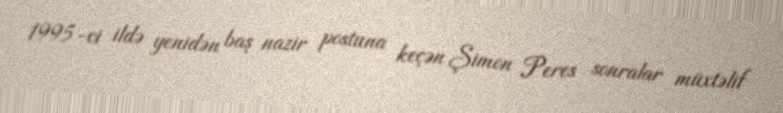
1995-ci ildə yenidən baş nazir postuna keçən Şimon Peres sonralar müxtəlif